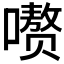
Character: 𪢕